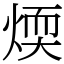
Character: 煗